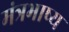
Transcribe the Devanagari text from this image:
मंत्रभाष्य